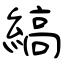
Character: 縞